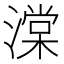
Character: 𬈷